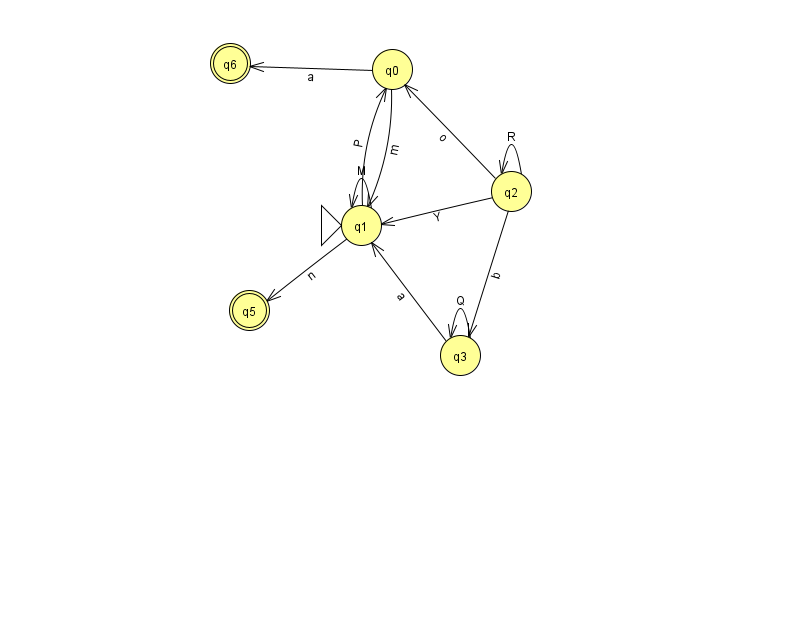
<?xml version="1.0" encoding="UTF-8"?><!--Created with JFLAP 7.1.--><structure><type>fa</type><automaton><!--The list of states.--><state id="0" name="q0"><x>392.0</x><y>56.0</y></state><state id="1" name="q1"><x>361.0</x><y>212.0</y><initial/></state><state id="2" name="q2"><x>511.0</x><y>178.0</y></state><state id="3" name="q3"><x>460.0</x><y>342.0</y></state><state id="5" name="q5"><x>249.0</x><y>297.0</y><final/></state><state id="6" name="q6"><x>230.0</x><y>50.0</y><final/></state><!--The list of transitions.--><transition><from>3</from><to>3</to><read>Q</read></transition><transition><from>1</from><to>0</to><read>P</read></transition><transition><from>1</from><to>5</to><read>n</read></transition><transition><from>2</from><to>2</to><read>R</read></transition><transition><from>3</from><to>1</to><read>a</read></transition><transition><from>2</from><to>3</to><read>b</read></transition><transition><from>2</from><to>0</to><read>o</read></transition><transition><from>0</from><to>6</to><read>a</read></transition><transition><from>2</from><to>1</to><read>Y</read></transition><transition><from>1</from><to>1</to><read>M</read></transition><transition><from>0</from><to>1</to><read>m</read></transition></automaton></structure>